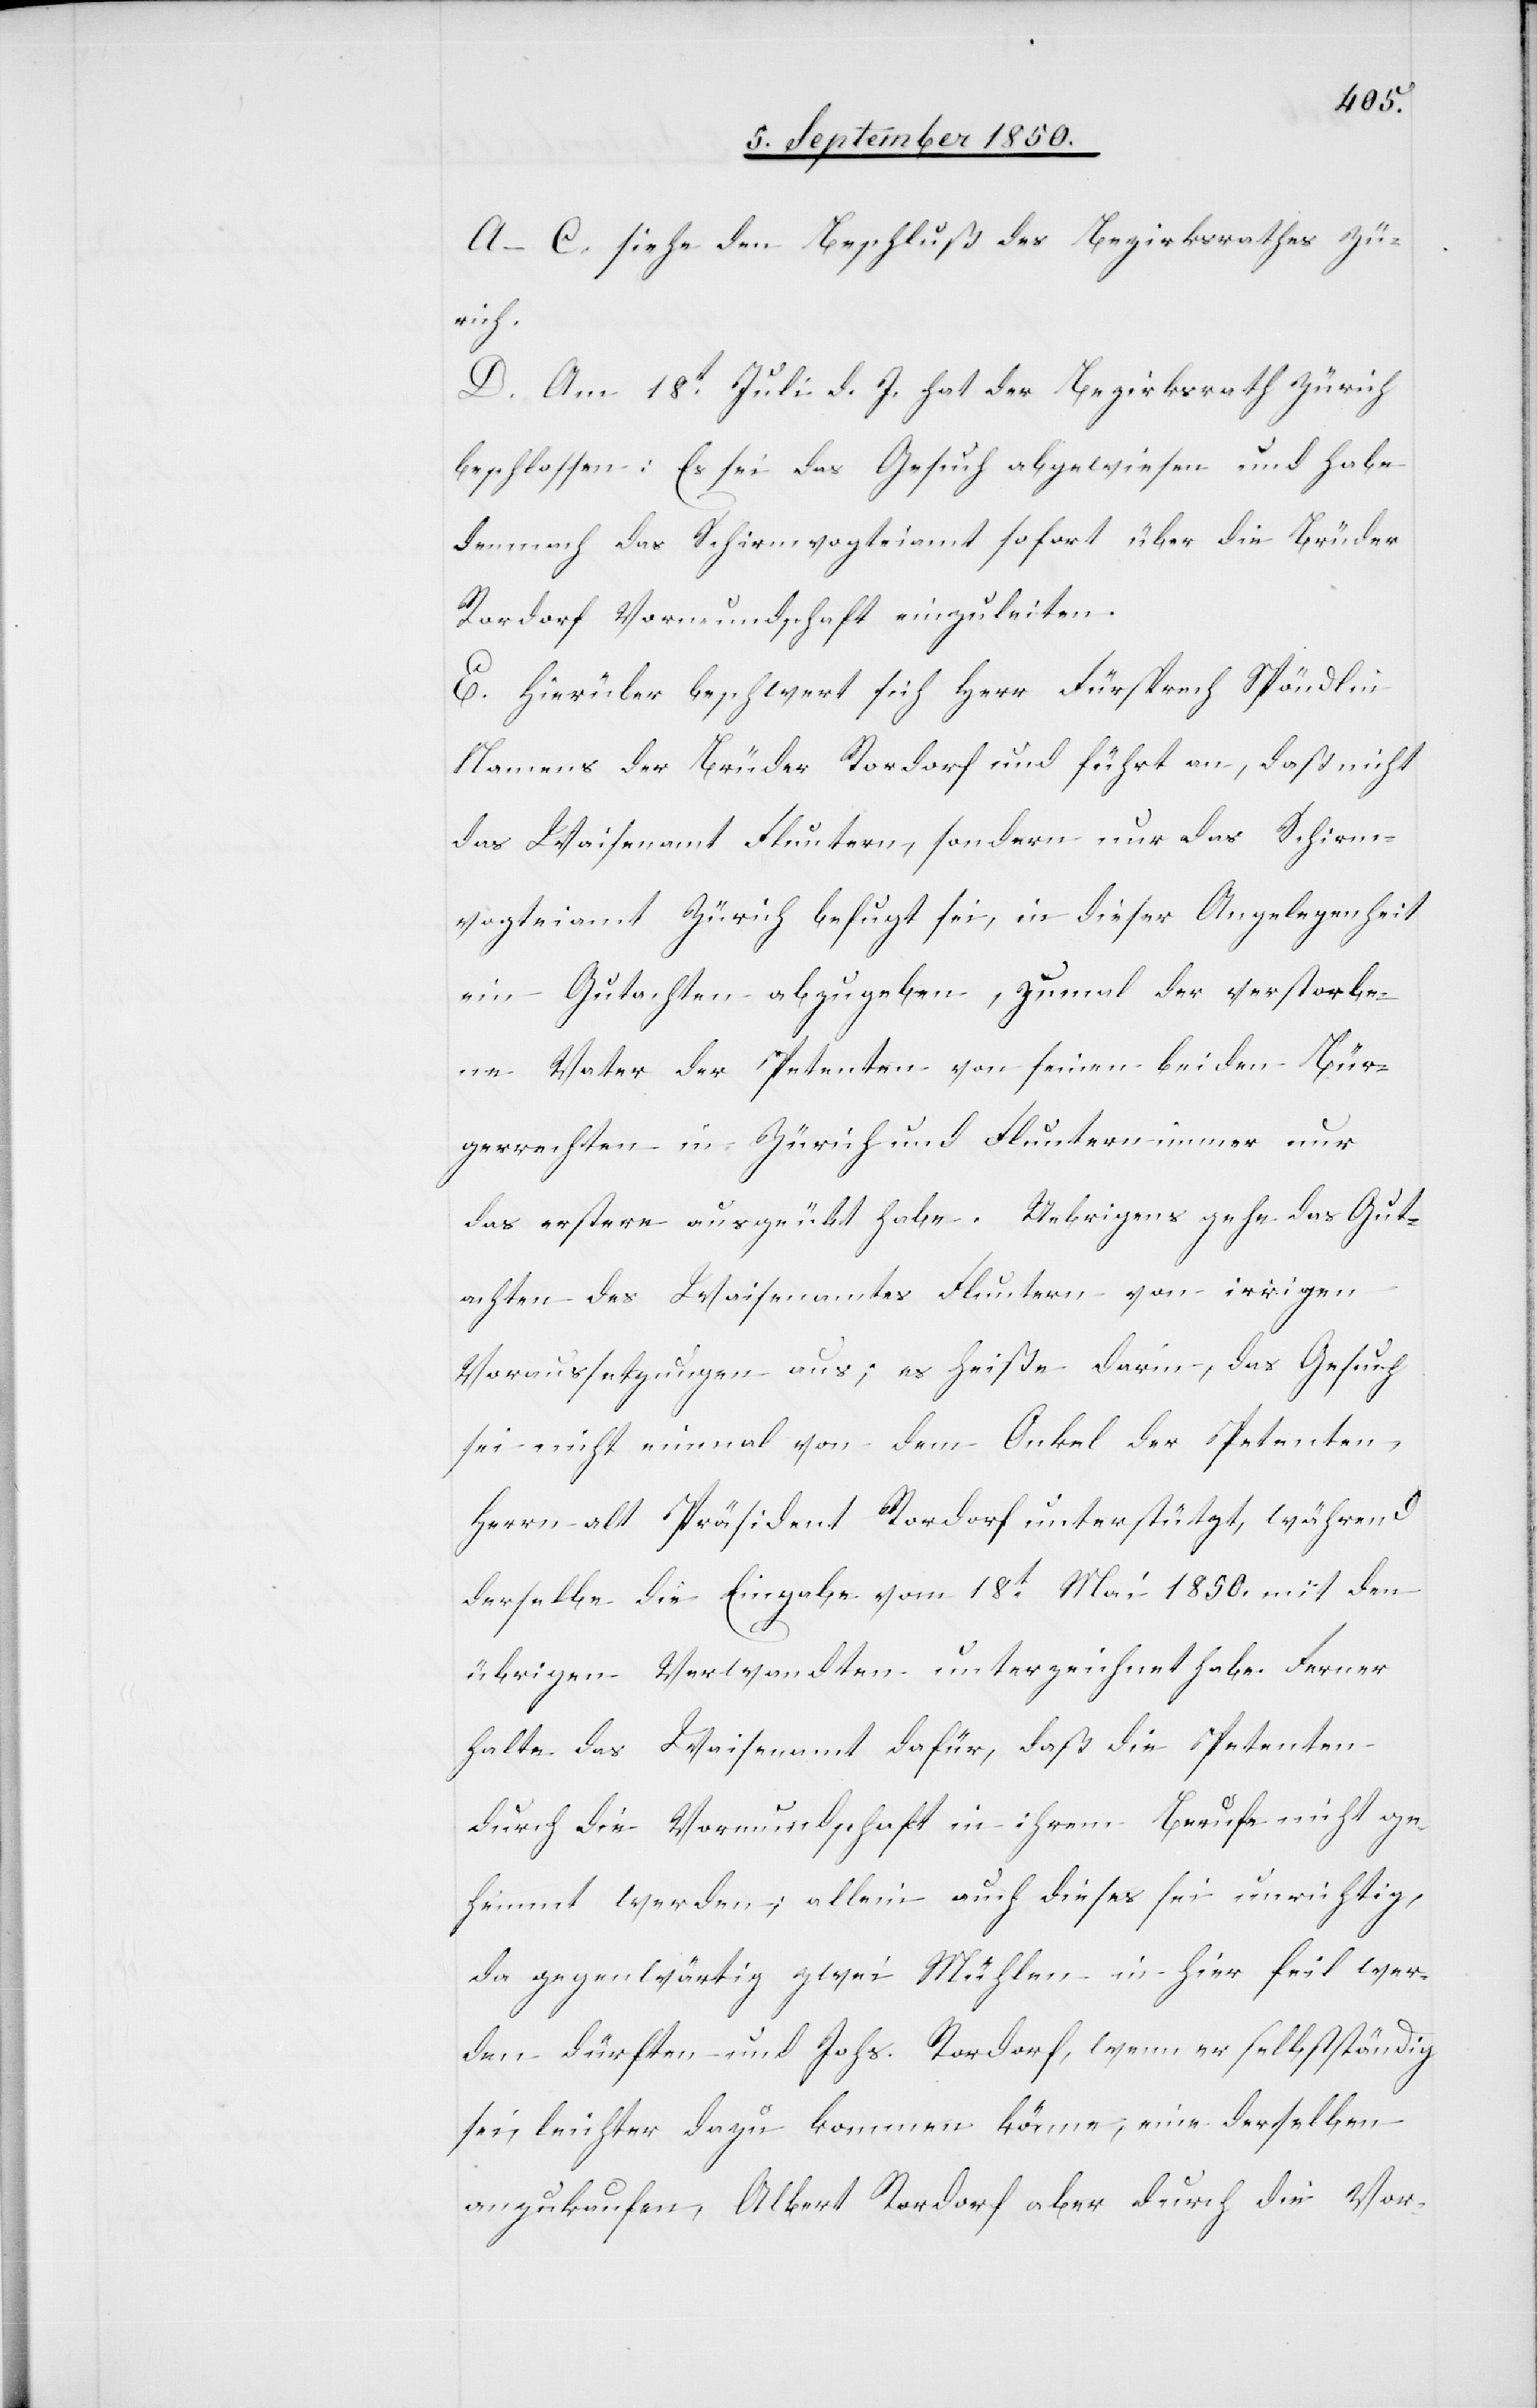
A–C. siehe den Beschluß des Bezirksrathes Zü¬
rich.
D. Am 18t Juli d. J. hat der Bezirksrath Zürich
beschlossen: Es sei das Gesuch abgewiesen und habe
demnach das Schirmvogteiamt sofort über die Brüder
Rordorf Vormundschaft einzuleiten.
E Hierüber beschwert sich Herr Fürsprech Spöndlin
Namens der Brüder Rordorf und führt an, daß nicht
das Waisenamt Fluntern, sondern nur das Schirm¬
vogteiamt Zürich befugt sei, in dieser Angelegenheit
ein Gutachten abzugeben, zumal der verstorbe¬
ne Vater der Petenten von seinen beiden Bür¬
gerrechten in Zürich und Fluntern immer nur
das erstere ausgeübt habe. Uebrigens gehe das Gut¬
achten des Waisenamtes Fluntern von irrigen
Voraussetzungen aus; es heiße darin, das Gesuch
sei nicht einmal von dem Onkel der Petenten,
Herrn alt Präsident Rordorf unterstützt, während
derselbe die Eingabe vom 18t Mai 1850. mit den
übrigen Verwandten unterzeichnet habe. Ferner
halte das Waisenamt dafür, daß die Petenten
durch die Vormundschaft in ihrem Berufe nicht ge¬
hemmt werden; allein auch dieses sei unrichtig,
da gegenwärtig zwei Mühlen in hier feil wer¬
den dürften und Johs. Rordorf, wenn er selbstständig
sei, leichter dazu kommen könne, eine derselben
anzukaufen, Albert Rordof aber durch die Vor-